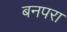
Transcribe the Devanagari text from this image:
बनपरा